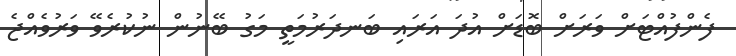
ފެންފުއްޓަށް ވަރަށް ބޮޑަށް އުދަ އަރައި ބަނދަރުމަތީ މަގު ބޭނުން ނުކުރެވޭ ވަރުވެއްޖެ